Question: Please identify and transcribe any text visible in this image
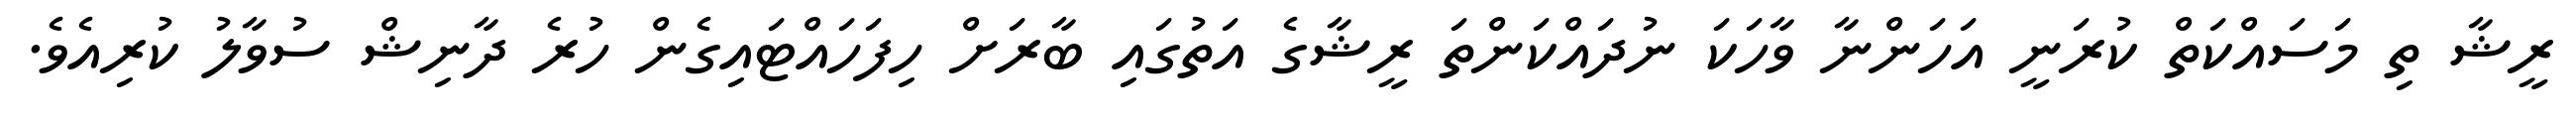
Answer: ރީޝާ ތި މަސައްކަތް ކުރަނީ އަހަންނާ ވާހަކަ ނުދައްކަންތަ ރީޝާގެ އަތުގައި ބާރަށް ހިފަހައްޓައިގެން ހުރެ ދާނިޝް ސުވާލު ކުރިއެވެ.